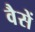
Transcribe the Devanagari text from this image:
वैसें